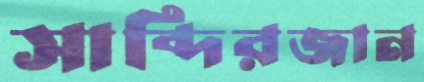
সাব্দিরজান